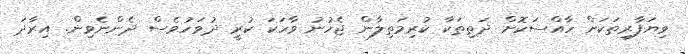
ވިޔަފާރިތަކަށް ހާއްސަކޮށް ދަތިތަކާ ކުރިމަތިލާން ޖެހުނު ވާހަކަ ކުރީ ދުވަހުވެސް ދެންނެވިން. އިރާދަ